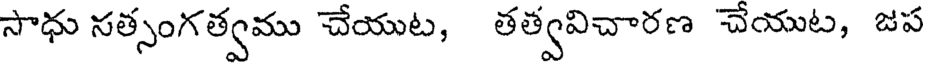
సాధు సత్సంగత్వము చేయుట, తత్వవిచారణ చేయుట, జప